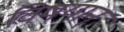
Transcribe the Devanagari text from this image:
विषयान्